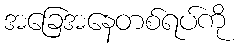
အခြေအနေတစ်ရပ်ကို